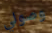
وصولي